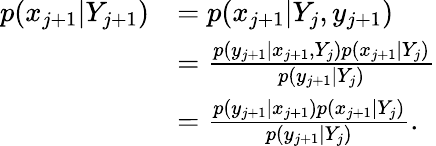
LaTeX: \begin{array}{rl}{p(x_{j+1}|Y_{j+1})}&{=p(x_{j+1}|Y_{j},y_{j+1})}\\ &{=\frac{p(y_{j+1}|x_{j+1},Y_{j})p(x_{j+1}|Y_{j})}{p(y_{j+1}|Y_{j})}}\\ &{=\frac{p(y_{j+1}|x_{j+1})p(x_{j+1}|Y_{j})}{p(y_{j+1}|Y_{j})}.}\end{array}